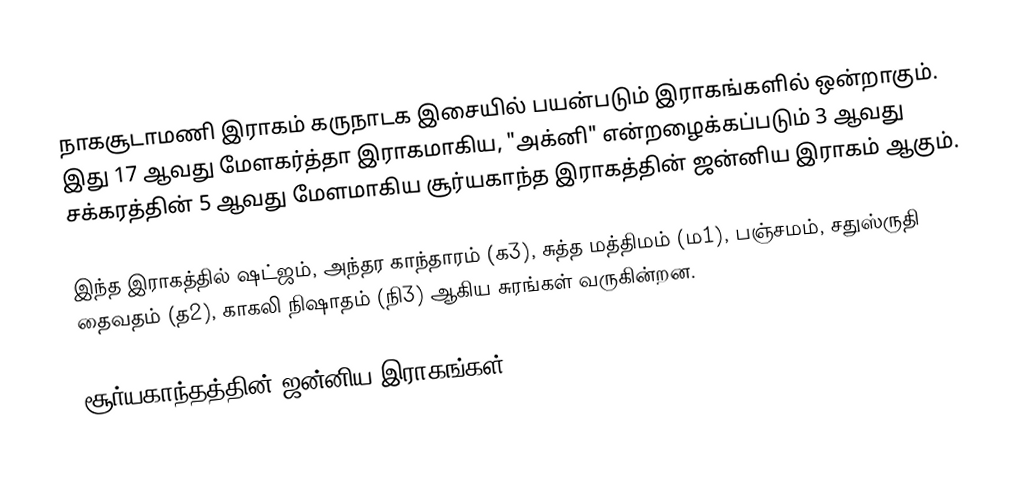
நாகசூடாமணி இராகம் கருநாடக இசையில் பயன்படும் இராகங்களில் ஒன்றாகும். இது 17 ஆவது மேளகர்த்தா இராகமாகிய, "அக்னி" என்றழைக்கப்படும் 3 ஆவது சக்கரத்தின் 5 ஆவது மேளமாகிய சூர்யகாந்த இராகத்தின் ஜன்னிய இராகம் ஆகும்.

இந்த இராகத்தில் ஷட்ஜம், அந்தர காந்தாரம் (க3), சுத்த மத்திமம் (ம1), பஞ்சமம், சதுஸ்ருதி தைவதம் (த2), காகலி நிஷாதம்  (நி3) ஆகிய சுரங்கள் வருகின்றன.

சூர்யகாந்தத்தின் ஜன்னிய இராகங்கள்